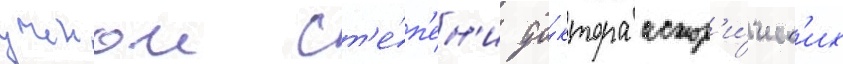
ученои ст'е́п'ен'и до́ктора истор'и́ческ'их